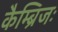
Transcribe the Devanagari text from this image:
कैम्ब्रिजः